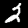
Label: 2